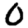
Digit: 0